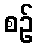
စဉ်